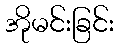
အိုမင်းခြင်း